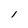
Character: l